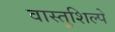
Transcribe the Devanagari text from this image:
वास्तुशिल्पे